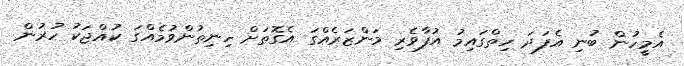
އެމީހުން ބުނި އެފަދަ ހިތްގައިމު އުފާވެރި މަންޒަރެއްގަ އެގޮތަށް ހިނިތުންވުމެއްގަ ކުއްޖަކު ހުރުން